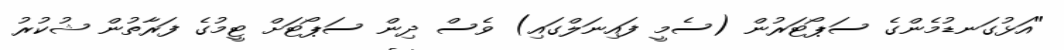
"އަޅުގަނޑުމެންގެ ސަޕޯޓަރުން (ސެމީ ފައިނަލްގައި) ވެސް ދިން ސަޕޯޓަށް ޓީމުގެ ފަރާތުން ޝުކުރު